Vaccination in the Punjab 1883-1896 - 1883-1896
Year: 1883
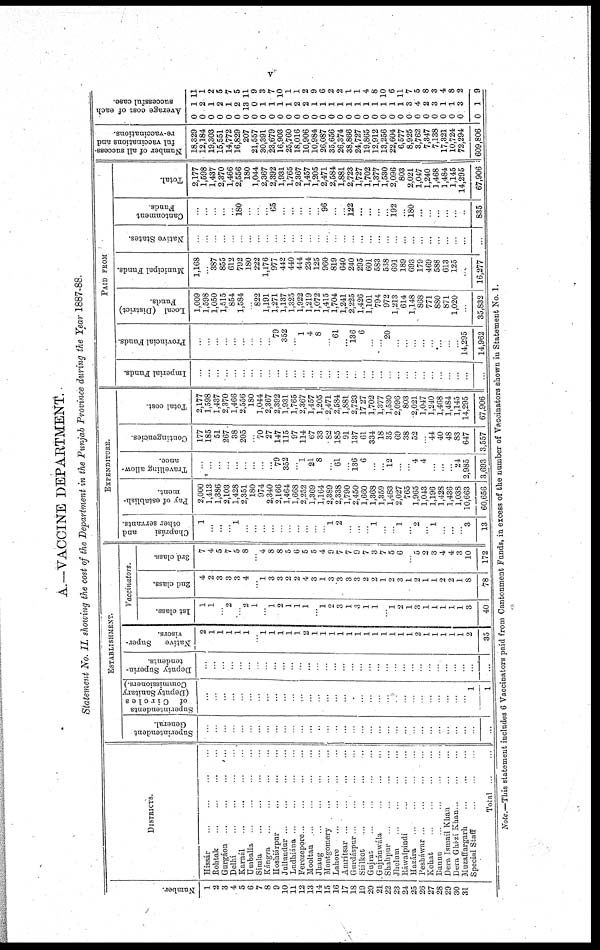
v
A.—VACCINE DEPARTMENT.
Statement No. II. showing the cost of the Department in the Punjab Province during the Year 1887-88.
Numbe r
.
1
2
3
4
5
6
7
8
9
10
11
12
13
14
15
16
17
18
19
20
21
22
23
24.
25
26
27
28
29
30
31
DISTRICTS.
Hissár ... ... ... ...
Rohtak
...
...
...
...
Gurgáon
...
...
...
...
Delhi
...
...
...
...
Karnál ... ... ... ...
Umballa ... ... ... ...
Simla ... ... ... ...
Kángra ... ... ... ...
Hoshiárpur
...
...
...
...
Jullundhur ... ... ... ...
Ludhiana ... ... ... ...
Ferozepore
...
...
...
...
Mooltan
...
...
...
...
Jhaug ... ... ... ...
Montgomery ... ... ... ...
Lahore
...
...
...
...
Amritsar ... ... ... ...
Gurdáspur
...
...
...
...
Siálkot
...
...
...
...
Gujrat
...
...
...
...
Gujránwála
...
...
...
...
Shahpur
...
...
...
...
Jhelum
...
...
...
...
Ráwalpindi ... ... ... ...
Hazára ... ... ... ...
Pesháwar
...
...
...
...
Kohat
...
...
...
...
Bannu
...
...
...
...
Dera Ismail Khan ... ... ... ...
Dera Ghazi Khan ... ... ... ...
Muzaffargarh ... ... ... ...
Special Staff ... ... ... ...
Total
ESTABLISMENT.
Superintendent
General.
...
...
...
...
...
...
...
...
...
...
...
...
...
...
...
...
...
...
...
...
...
...
...
...
...
...
...
...
...
...
...
...
...
Superintendents
of
Circles
(Deputy
Sanitary
Commissioners.)
...
...
...
...
...
...
...
...
...
...
...
...
...
...
...
...
...
...
...
...
...
...
...
...
...
...
...
...
...
...
...
1
1
Deputy Superin-
tendents.
...
...
...
...
...
...
...
...
...
...
...
...
...
...
...
...
...
...
...
...
...
...
...
...
...
...
...
...
...
...
...
...
...
Native
Super-
visors.
2
1
1
1
1
1
...
1
1
1
1
1
2
1
1
1
1
1
1
1
1
1
1
1 1
2
1
1
1
1
1
2
35
Vaccinators.
1st class.
1
1
...
2
...
2
1
... 1
2
1
1
1
...
1
2
3
1
3
1
1
...
1
2
1
3
1
1
1
1
1
3
40
2nd class.
4
2
3
3
3
4
...
1
3
3
2
2
4
3
1
3
3
3
3
2
2
1
2
3
1
2
1
1
2
2
1
8
78
3rd class.
7
4
5
7
5
8
...
4
8
8
5
6
5
5
4
9
7
7
9
7
3
7
5
6
...
5
2
3
4
4
3
10
172
EXPENDITURE.
Chaprási
and
other servants.
1
...
...
...
1
...
...
...
...
...
...
...
...
...
...
1
2
...
...
...
1
...
...
1
...
2
...
1
...
...
...
3
13
Pay of establish-
ment.
2,000
1,413
1,386
2,103
1,428
2,351
180
974
2,340
2,166
1,464
1,668
2,252
1,369
1,164
2,389
2,338
1,790
2,450
1,660
1,368
1,359
1,483
2,027
765
1,965
1,043
1,196
1,428
1,436
1,038
10,663
60,656
Travelling allow-
ance.
...
...
...
...
...
...
...
...
...
79
352
...
1
21
8
...
61
...
136
6
...
...
12
...
...
4
4
...
...
...
24
2,985
3,693
Contingencies.
177
185
51
267
38
205
...
70
27
147
115
97
114
67
33
82
185
91
137
61
334
18
35
69
38
52
...
44
40
48
83
647
3,557
Total cost.
2,177
1,598
1,437
2,370
1,466
2,556
180
1,044
2,367
2,392
1,931
1,765
2,367
1,457
1,205
2,471
2,584
1,881
2,723
1727
1,702
1,377
1,530
2,096
803
2,021
1,047
1,240
1,468
1,484
1,145
14,295
67,906
PAID FROM
Imperial Funds.
...
...
...
...
...
...
...
...
...
...
...
...
...
...
...
...
...
...
...
...
...
...
...
...
...
...
...
...
...
...
...
...
...
Provincial Funds.
...
...
...
...
...
...
...
...
...
79
352
...
1
4
8
...
61
...
136
6
...
...
20
...
...
...
...
...
...
...
...
14,295
14,962
Local (District)
Funds.
1,009
1,598
1,050
1,515
854
1,584
...
822
1,191
1,271
1,137
1,325
1,922
1,219
1,072
1,415
1,704
1,241
2,225
1,426
1,101
794
972
1,213
614
1,148
868
771
880
871
1,020
...
35,832
Municipal Funds.
1,168
...
387
855
612
792
180
222
1,176
977
442
440
444
234
125
960
819
640
240
295
601
583
538
691
189
693
179
469
588
613
125
...
16,277
Native States.
...
...
...
...
...
...
...
...
...
...
...
...
...
...
...
...
...
...
...
...
...
...
...
...
...
...
...
...
...
...
...
...
...
Cantonment
Funds.
...
...
...
...
...
180
...
...
...
65
...
...
...
...
...
96
...
...
122
...
...
...
...
192
...
180
...
...
...
...
...
...
835
Total.
2,177
1,598
1,437
2,370
1,466
2,556
180
1,044
2,367
2,392
1,931
1,765
2,367
1,457
1,205
2,471
2,584
1,881
2,723
1,727
1,702
1,377
1,530
2,096
803
2,021
1,047
1,240
1,468
1,484
1,145
14,295
67,906
Number of all success-
ful vaccinations and
re-vaccinations.
18,329
12,184
19,303
15,551
14,772
16,829
207
21,557
30,391
23,679
16,903
25,760
18,016
10,906
10,984
26,087
35,656
26,374
38,866
24,727
19,865
12,912
13,256
22,604
6,577
8,925
3,762
7,347
7,138
17,321
10,724
72,294
609,806
Average cost of each
successful case.
0
0
0
0
0
0
0
0
0
0
0
0
0
0
0
0
0
0
0
0
0
0
0
0
0
0
0
0
0
0
0
0
0
1
2
1
2
1
2
13
0
1
1
1
1
2
2
1
1
1
1
1
1
1
1
1
1
1
3
4
2
3
1
1
3
1
11
1
2
5
7
5
11
9
3
7
10
1
1
2
9
6
2
2
1
1
4
8
10
6
11
7
5
8
3
4
8
2
9
Note.—This statement includes 6 Vaccinators paid from Cantonment Funds, in excess of the number of Vaccinators shown in Statement No. 1.